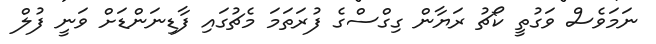
ނަމަވެސް ވަގުތީ ކޯޗު ރަޔާން ގިގްސްގެ ފުރަތަމަ މެޗުގައި ފާޑިނަންޑަށް ވަނީ ފުލް